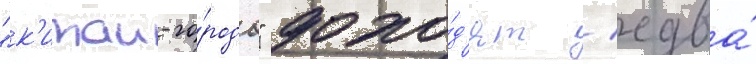
"к'итаи-го́рода" дохо́д'ят / едва́